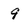
Character: 9